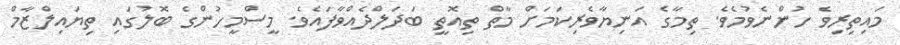
މައިތިރިވެ ހުންނެވުމެވެ. ތިމާގެ އަނިޔާވެރިކަމަށް މާތް ތިއޮތީ ބަދަލްދެއްވާފައެވެ. މީސްމީހުންގެ ބޮލުގައި ތިޔައިލްޒާމް